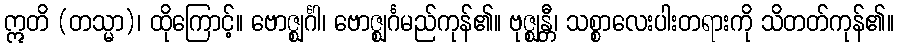
ဣတိ (တသ္မာ)၊ ထိုကြောင့်။ ဗောဇ္ဈင်္ဂါ၊ ဗောဇ္ဈင်္ဂမည်ကုန်၏။ ဗုဇ္ဈန္တီ၊ သစ္စာလေးပါးတရားကို သိတတ်ကုန်၏။